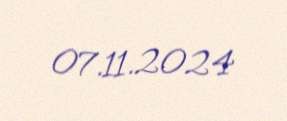
07.11.2024